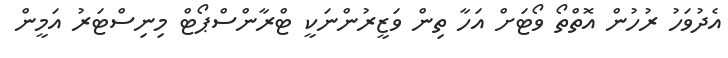
އެދުވަހު ރުހުން އޮތްތޯ ވޯޓަށް އަހާ ތިން ވަޒީރުންނަކީ ޓްރާންސްޕޯޓް މިނިސްޓަރު އަމީން